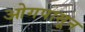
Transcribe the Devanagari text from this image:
ओगपासून